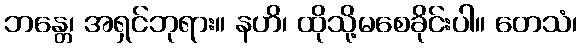
ဘန္တေ၊ အရှင်ဘုရား။ နဟိ၊ ထိုသို့မစေခိုင်းပါ။ တေသံ၊